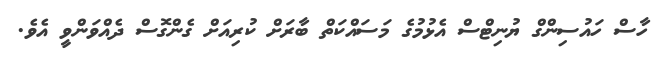
ހާސް ހައުސިންގް ޔުނިޓްސް އެޅުމުގެ މަސައްކަތް ބާރަށް ކުރިއަށް ގެންގޮސް ދެއްވަންވީ އެވެ.